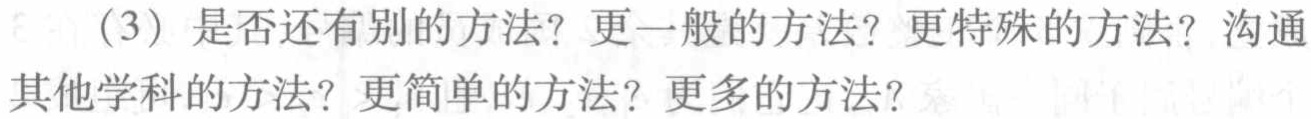
（3）是否还有别的方法？更一般的方法？更特殊的方法？沟通其他学科的方法？更简单的方法？更多的方法？